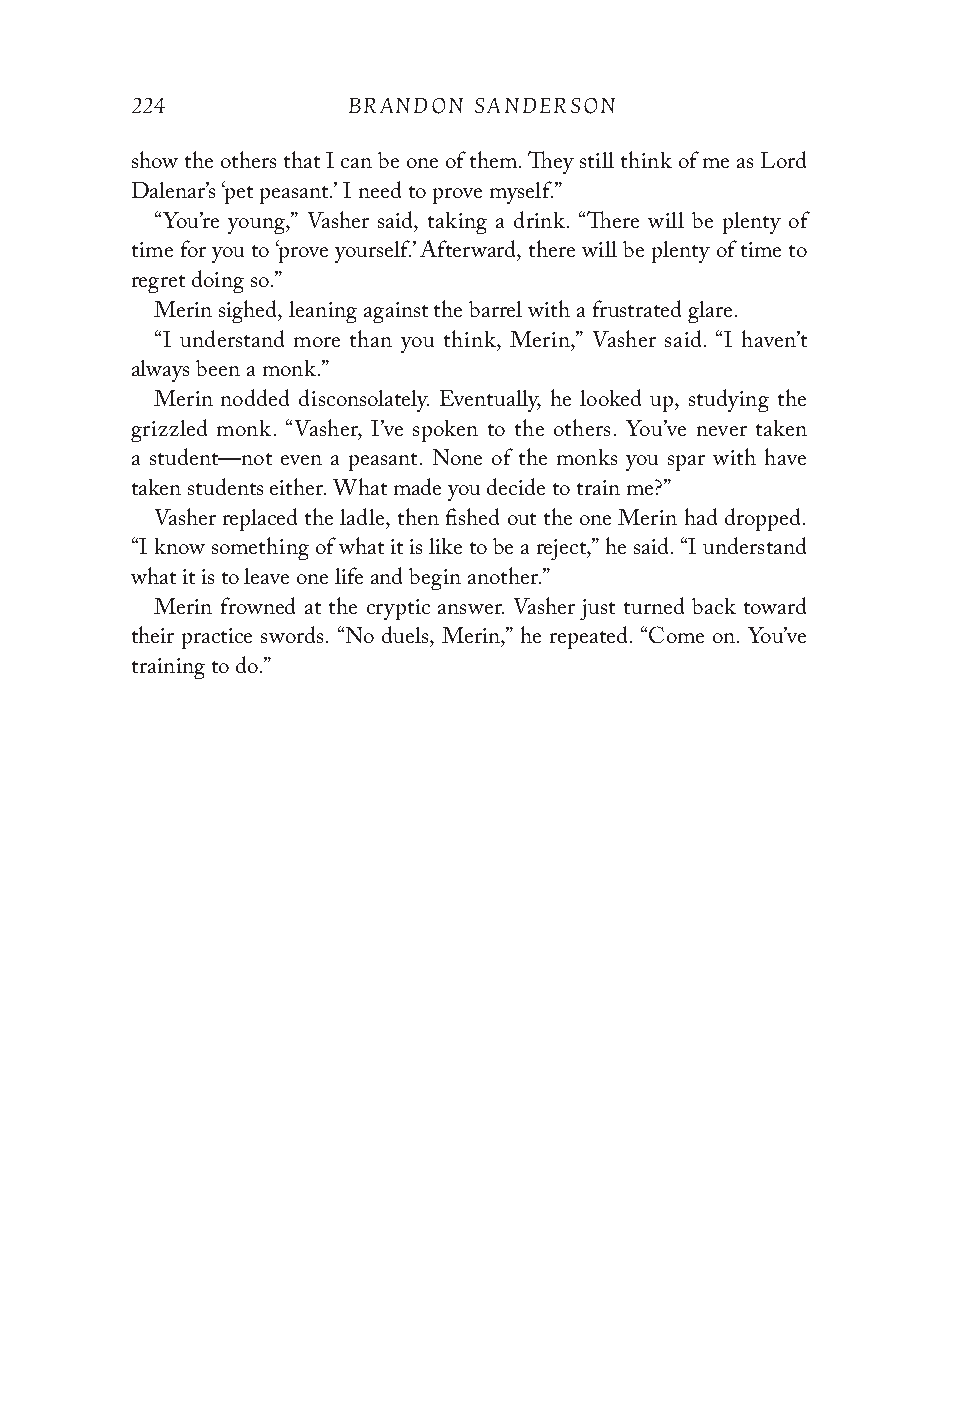
224           BRANDON SANDERSON
 show the others that I can be one of them. They still think of me as Lord
 Dalenar’s ‘pet peasant.’ I need to prove myself.”
 “You’re young,” Vasher said, taking a drink. “There will be plenty of
 time for you to ‘prove yourself.’ Afterward, there will be plenty of time to
 regret doing so.”
 Merin sighed, leaning against the barrel with a frustrated glare.
 “I understand more than you think, Merin,” Vasher said. “I haven’t
 always been a monk.”
 Merin nodded disconsolately. Eventually, he looked up, studying the
 grizzled monk. “Vasher, I’ve spoken to the others. You’ve never taken
 a student—not even a peasant. None of the monks you spar with have
 taken students either. What made you decide to train me?”
 Vasher replaced the ladle, then fished out the one Merin had dropped.
 “I know something of what it is like to be a reject,” he said. “I understand
 what it is to leave one life and begin another.”
 Merin frowned at the cryptic answer. Vasher just turned back toward
 their practice swords. “No duels, Merin,” he repeated. “Come on. You’ve
 training to do.”